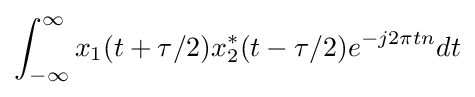
\int _{-\infty }^{\infty }x_{1}(t+\tau /2)x_{2}^{*}(t-\tau /2)e^{-j2\pi tn}dt